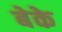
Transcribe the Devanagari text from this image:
बेके